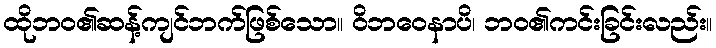
ထိုဘဝ၏ဆန့်ကျင်ဘက်ဖြစ်သော။ ဝိဘဝေနာပိ၊ ဘဝ၏ကင်းခြင်းလည်း။